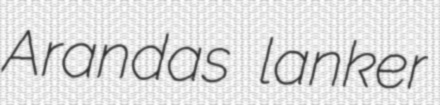
Arandas lanker